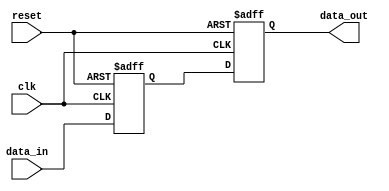
module Timing_Control_Synchronization(
    input wire clk,
    input wire reset,
    input wire data_in,
    output reg data_out
);

reg delayed_input;

always @(posedge clk or posedge reset) begin
    if (reset) begin
        delayed_input <= 1'b0;
    end else begin
        // Delay element to ensure input signal stability
        delayed_input <= data_in;
    end
end

// D flip-flop for sampling the input signal at the correct time
always @(posedge clk or posedge reset) begin
    if (reset) begin
        data_out <= 1'b0;
    end else begin
        data_out <= delayed_input;
    end
end

endmodule